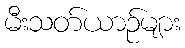
မီးသတ်ယာဉ်များ